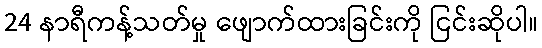
24 နာရီကန့်သတ်မှု ဖျောက်ထားခြင်းကို ငြင်းဆိုပါ။